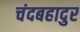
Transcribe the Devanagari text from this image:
चंदबहादुर